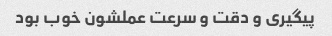
پیگیری و دقت و سرعت عملشون خوب بود